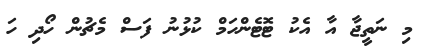
މި ނަތީޖާ އާ އެކު ޓޮޓެންހަމް ކުޅުނު ފަސް މެޗުން ހޯދި ހަ